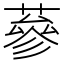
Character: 蔘